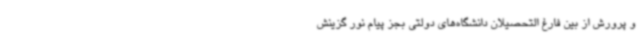
و پرورش از بین فارغ التحصیلان دانشگاه‌های دولتی بجز پیام نور گزینش